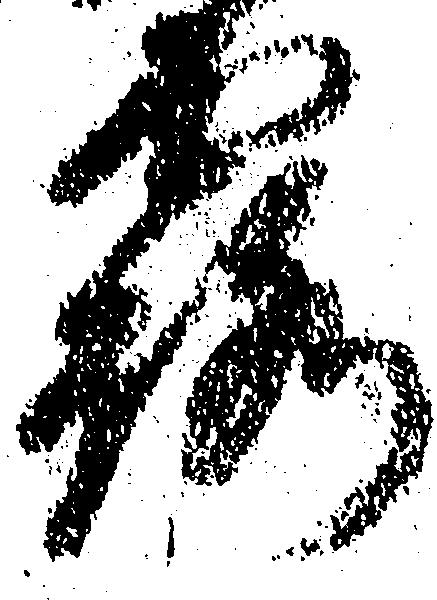
露